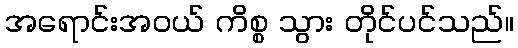
အရောင်းအဝယ် ကိစ္စ သွား တိုင်ပင်သည်။